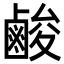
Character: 𮭬